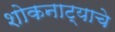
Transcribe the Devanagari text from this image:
शोकनाट्याचे